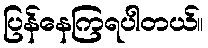
ပြန်နေကြရပါတယ်။